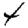
Digit: 4